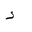
Letter: _hamza